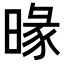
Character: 𣈬